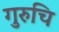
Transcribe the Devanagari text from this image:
गुरुचि